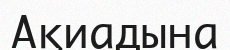
Ақиадына